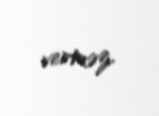
verməz.